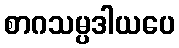
စာဂသမ္ပဒါယပေ